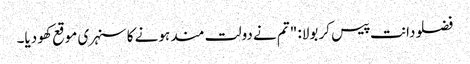
فضلو دانت پیس کر بولا: "تم نے دولت مند ہونے کا سنہری موقع کھو دیا۔